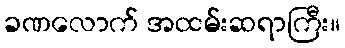
ခဏလောက် အထမ်းဆရာကြီး။